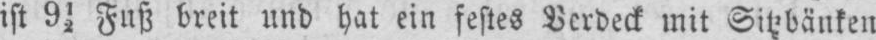
ist 9½ Fuß breit und hat ein festes Verdeck mit Sitzbänken